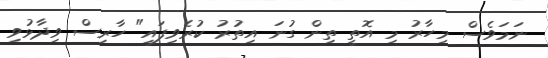
ނަމަވެސް މިހާރު މި އޮތީ ތިން ގުނަ އިތުރު ކުރެވިފައި" ހާރިސް ވިދާޅުވި